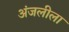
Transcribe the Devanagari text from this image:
अंजलीला